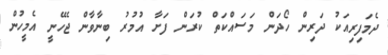
ދެމަފިރިއަކު ދަރިން ހޯދަން މަސައްކަތް ކުރަން ފަށާ އުމުރު ބިނާވާން ޖެހޭނީ އެމީހުން